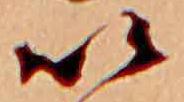
い